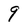
Character: 9